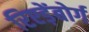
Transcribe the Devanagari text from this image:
रिएड़ेंबोर्ग